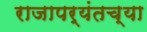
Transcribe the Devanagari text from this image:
राजापर्यंतच्या